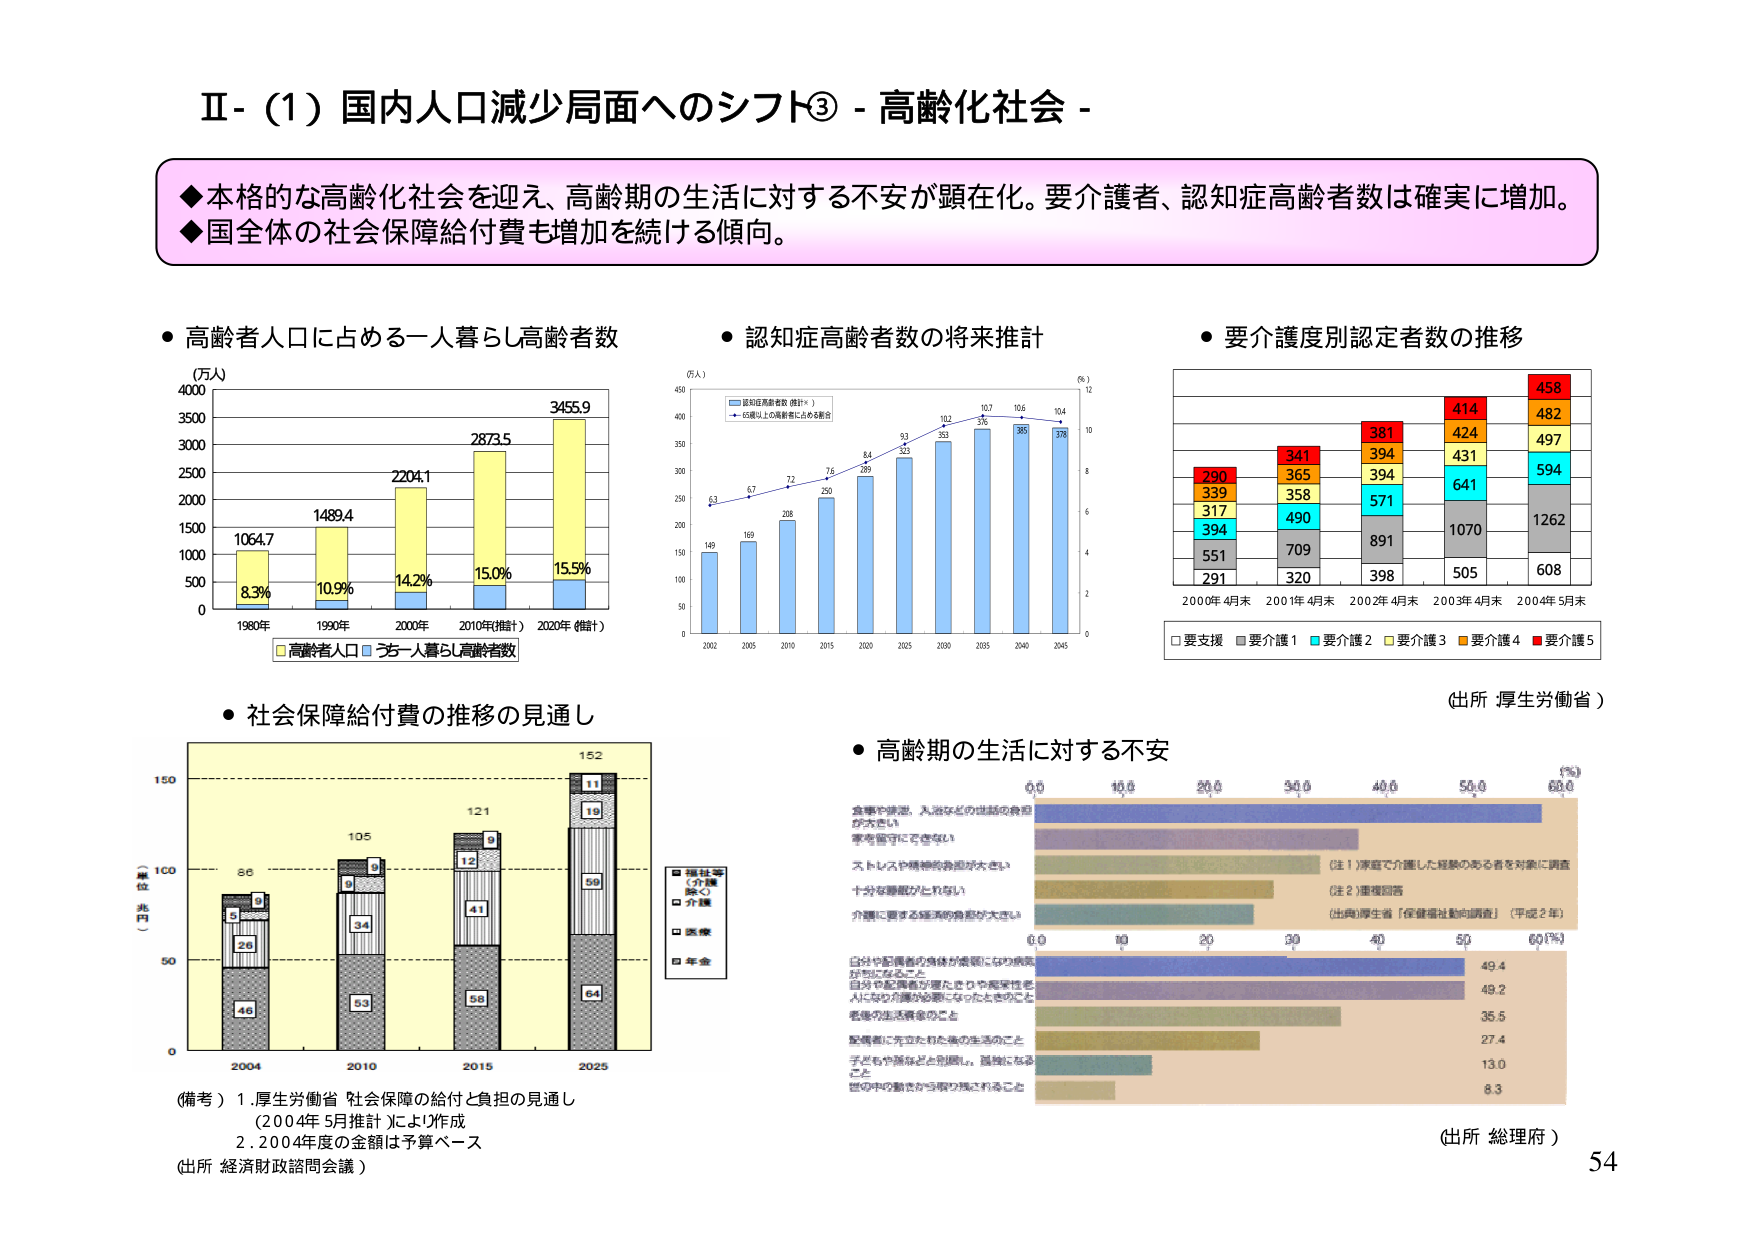
Ⅱ-（1）国内人口減少局面へのシフト③ - 高齢化社会 -

◆本格的な高齢化社会を迎え、高齢期の生活に対する不安が顕在化。要介護者、認知症高齢者数は確実に増加。
◆国全体の社会保障給付費も増加を続ける傾向。

● 高齢者人口に占める一人暮らし高齢者数
（万人）
4000
3500
3000
2500
2000
1500
1000
500
0
1980年 1990年 2000年 2010年(推計) 2020年 (推計)
1064.7
1489.4
2204.1
2873.5
3455.9
8.3%
10.9%
14.2%
15.0%
15.5%
高齢者人口
一人暮らし高齢者数

● 認知症高齢者数の将来推計
（万人）
450
400
350
300
250
200
150
100
50
0
2002 2005 2010 2015 2020 2025 2030 2035 2040 2045
149
169
208
250
289
323
353
376
385
378
6.3
6.7
7.2
7.6
8.4
9.3
10.2
10.7
10.6
10.4
認知症高齢者数（推計）
65歳以上の高齢者に占める割合
（%）
12
10
8
6
4
2
0

● 要介護度別認定者数の推移
2000年 4月末 2001年 4月末 2002年 4月末 2003年 4月末 2004年 5月末
290
339
317
394
551
291
365
358
490
709
320
381
394
571
891
398
414
424
431
641
1070
505
458
482
497
594
1262
608
□要支援 ■要介護1 ■要介護2 ■要介護3 ■要介護4 ■要介護5
（出所 厚生労働省）

● 社会保障給付費の推移の見通し
（単位：兆円）
150
100
50
0
2004 2010 2015 2025
86
105
121
152
5
9
9
11
26
34
41
19
46
53
56
64
59
福祉等
（介護
除く）
介護
医療
年金
（備考）1. 厚生労働省「社会保障の給付と負担の見通し
（2004年5月推計）」により作成
2. 2004年度の金額は予算ベース
（出所 経済財政諮問会議）

● 高齢期の生活に対する不安
食事や排泄、入浴などの世話の負担が大きい
家を留守にできない
ストレスや精神的負担が大きい
十分な睡眠がとれない
介護に要する経済的負担が大きい
自分や配偶者の身体が病気になり病院
赴院になること
自分や配偶者が寝たきりや痴呆性老人になり介護が必要になったときのこと
老後の生活資金のこと
配偶者に先立たれた後の生活のこと
子どもや孫などと別居し、孤独になること
世の中の動きがちがい感じられること
（注1）家庭で介護した経験のある者を対象に調査
（注2）重複回答
（出典）厚生省「保健福祉動向調査」（平成2年）
（出所 総理府）
（%）
0.0 10.0 20.0 30.0 40.0 50.0 60.0
49.4
49.2
35.5
27.4
13.0
8.3

54